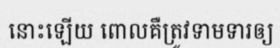
នោះឡើយ ពោលគឺត្រូវទាមទារឲ្យ